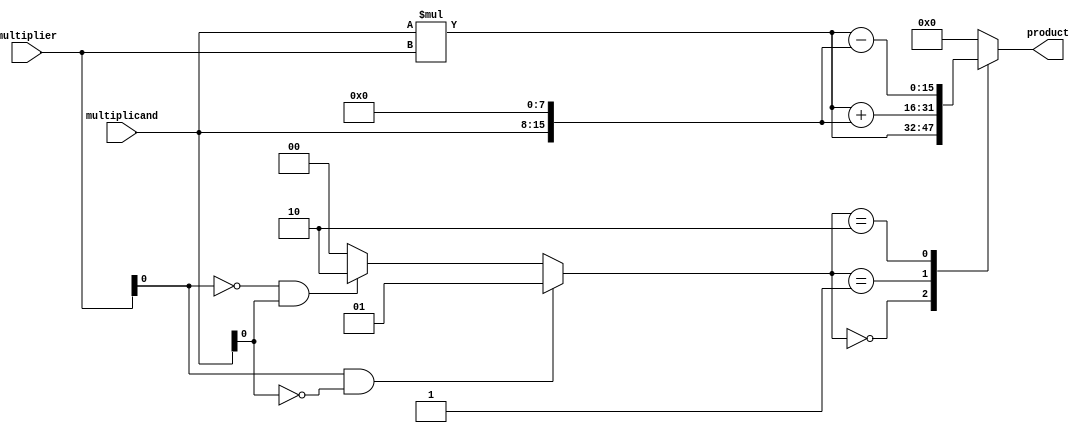
module booth_multiplier (
    input signed [7:0] multiplicand,
    input signed [7:0] multiplier,
    output signed [15:0] product
);

/* Booth Encoder */
reg [1:0] booth_encoded;
always @* begin
    if (multiplier[0] == 1 && multiplicand[0] == 0)
        booth_encoded = 2'b01;
    else if (multiplier[0] == 0 && multiplicand[0] == 1)
        booth_encoded = 2'b10;
    else
        booth_encoded = 2'b00;
end

/* Partial Product Generator */
wire [15:0] partial_product;
assign partial_product = multiplicand * {8'b0, multiplier};

/* Final Product */
always @* begin
    case (booth_encoded)
        2'b00: product = partial_product;
        2'b01: product = partial_product + (multiplicand << 8);
        2'b10: product = partial_product - (multiplicand << 8);
        default: product = 16'h0000;
    endcase
end

endmodule